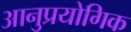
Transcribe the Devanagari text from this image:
आनुप्रयोगिक